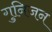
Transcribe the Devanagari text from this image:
गुनिजन